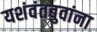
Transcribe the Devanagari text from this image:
यशंवंतबुवांना